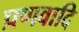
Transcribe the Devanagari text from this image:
प्रणवादि